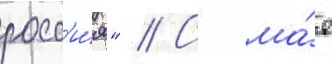
росс'и́я" // С ма́я